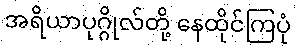
အရိယာပုဂ္ဂိုလ်တို့ နေထိုင်ကြပုံ